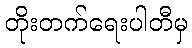
တိုးတက်ရေးပါတီမှ